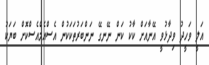
އަލީ ވަހީދު ވިދާޅުވީ އޭނާއަށް ކާކު ކަން ނޭނގޭ ނަންބަރުތަކަކުން އެސްއެމްއެސްކޮށް ބަޔަކު